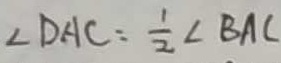
\angle D A C = \frac { 1 } { 2 } \angle B A C